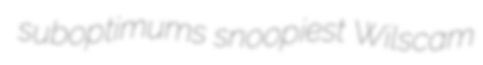
suboptimums snoopiest Wilscam